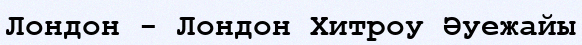
Лондон - Лондон Хитроу Әуежайы